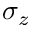
\sigma _ { z }